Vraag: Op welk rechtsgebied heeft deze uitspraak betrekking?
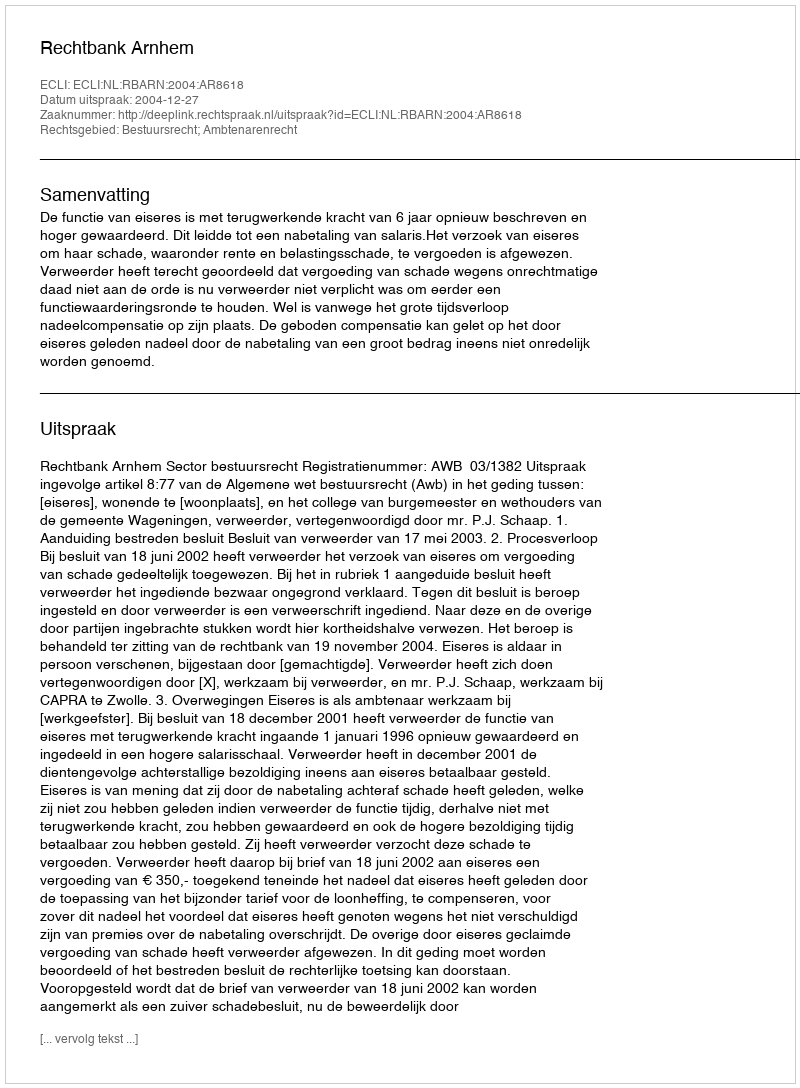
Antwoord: Bestuursrecht; Ambtenarenrecht